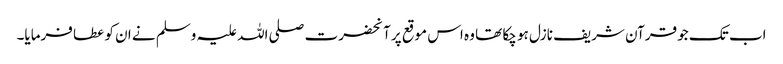
اب تک جو قرآن شریف نازل ہو چکا تھا وہ اس موقع پر آنحضرت صلی اللہ علیہ وسلم نے ان کو عطا فرمایا۔